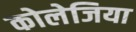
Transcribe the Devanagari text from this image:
कोलेजिया